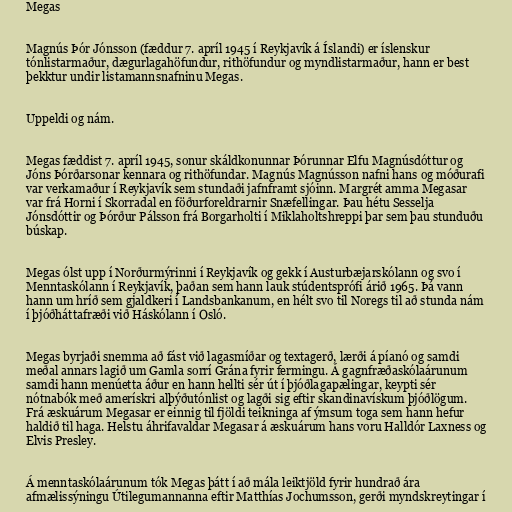
Megas

Magnús Þór Jónsson (fæddur 7. apríl 1945 í Reykjavík á Íslandi) er íslenskur
tónlistarmaður, dægurlagahöfundur, rithöfundur og myndlistarmaður, hann er best
þekktur undir listamannsnafninu Megas.

Uppeldi og nám.

Megas fæddist 7. apríl 1945, sonur skáldkonunnar Þórunnar Elfu Magnúsdóttur og
Jóns Þórðarsonar kennara og rithöfundar. Magnús Magnússon nafni hans og móðurafi
var verkamaður í Reykjavík sem stundaði jafnframt sjóinn. Margrét amma Megasar
var frá Horni í Skorradal en föðurforeldrarnir Snæfellingar. Þau hétu Sesselja
Jónsdóttir og Þórður Pálsson frá Borgarholti í Miklaholtshreppi þar sem þau stunduðu
búskap.

Megas ólst upp í Norðurmýrinni í Reykjavík og gekk í Austurbæjarskólann og svo í
Menntaskólann í Reykjavík, þaðan sem hann lauk stúdentsprófi árið 1965. Þá vann
hann um hríð sem gjaldkeri í Landsbankanum, en hélt svo til Noregs til að stunda nám
í þjóðháttafræði við Háskólann í Osló.

Megas byrjaði snemma að fást við lagasmíðar og textagerð, lærði á píanó og samdi
meðal annars lagið um Gamla sorrí Grána fyrir fermingu. Á gagnfræðaskólaárunum
samdi hann menúetta áður en hann hellti sér út í þjóðlagapælingar, keypti sér
nótnabók með amerískri alþýðutónlist og lagði sig eftir skandinavískum þjóðlögum.
Frá æskuárum Megasar er einnig til fjöldi teikninga af ýmsum toga sem hann hefur
haldið til haga. Helstu áhrifavaldar Megasar á æskuárum hans voru Halldór Laxness og
Elvis Presley.

Á menntaskólaárunum tók Megas þátt í að mála leiktjöld fyrir hundrað ára
afmælissýningu Útilegumannanna eftir Matthías Jochumsson, gerði myndskreytingar í